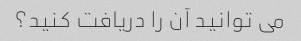
می توانید آن را دریافت کنید؟